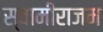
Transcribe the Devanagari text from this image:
स्वामीराजम